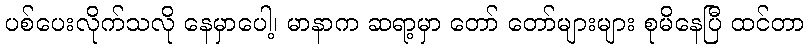
ပစ်ပေးလိုက်သလို နေမှာပေါ့၊ မာနာက ဆရာ့မှာ တော် တော်များများ စုမိနေပြီ ထင်တာ